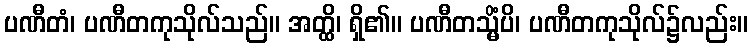
ပဏီတံ၊ ပဏီတကုသိုလ်သည်။ အတ္ထိ၊ ရှိ၏။ ပဏီတသ္မိံပိ၊ ပဏီတကုသိုလ်၌လည်း။